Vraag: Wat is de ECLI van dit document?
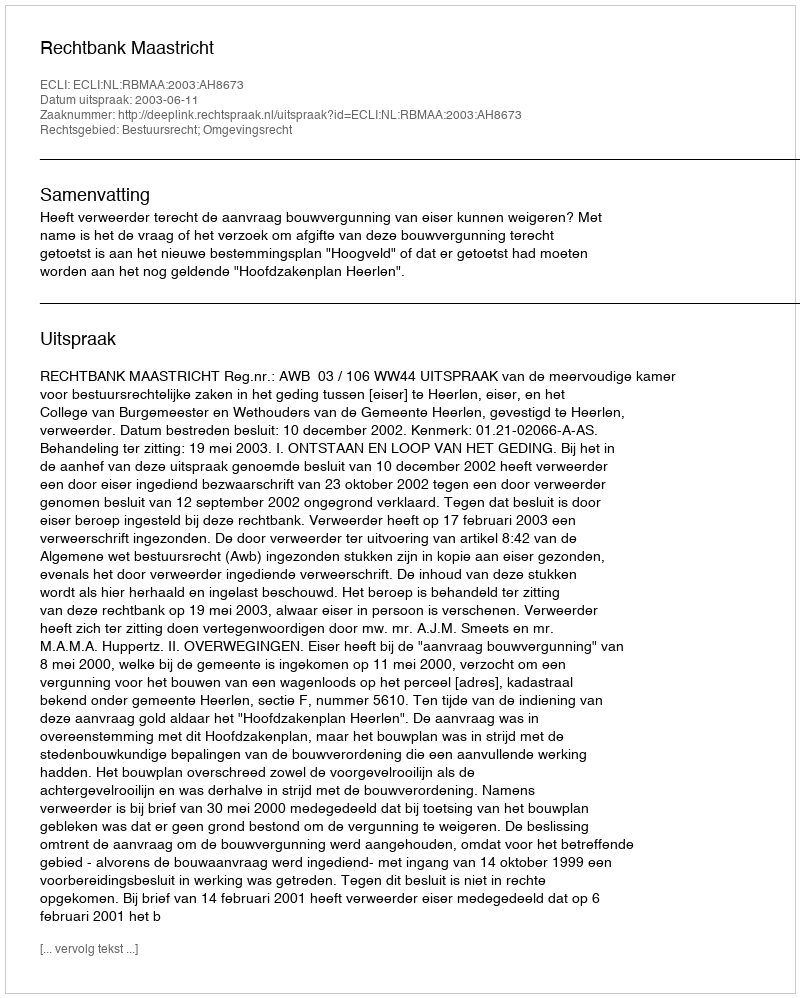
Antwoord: ECLI:NL:RBMAA:2003:AH8673